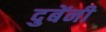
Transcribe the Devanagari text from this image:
दुबेंनी